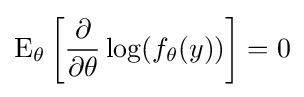
\operatorname {E} _{\theta }\left[{\frac {\partial }{\partial \theta }}\log(f_{\theta }(y))\right]=0